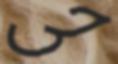
حى